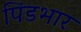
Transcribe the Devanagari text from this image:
पिंडभार